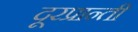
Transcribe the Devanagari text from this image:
दूरप्रान्ती